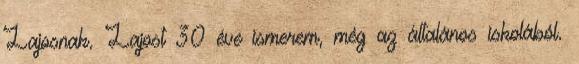
Lajosnak. Lajost 30 éve ismerem, még az általános iskolából.